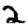
Digit: 2